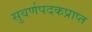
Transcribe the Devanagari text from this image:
सुवर्णपदकप्राप्त